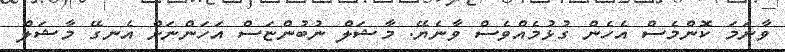
ވާނަމަ ކޮންމެސް އެހެން ގުޅުމެއްވެސް ވާނެޔޭ. މާޝަލް ނުބުންޏަސް އަހަންނަށް އެނގޭ މާޝަލް